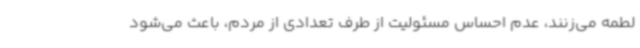
لطمه می‌زنند، عدم احساس مسئولیت از طرف تعدادی از مردم، باعث می‌شود